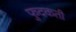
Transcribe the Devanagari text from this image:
फुदकती